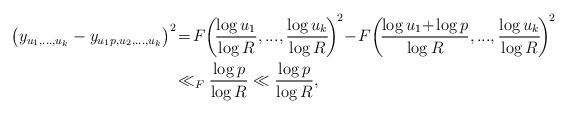
LaTeX: \begin{align*}\bigl(y_{u_1, \dots, u_k} - y_{u_1 p, u_2, \dots, u_k }\bigr)^2\!&=\! F\! \left(\!\frac{\log u_1}{\log R}, ..., \frac{\log u_k}{\log R}\!\right)^{\!2} \!-\! F\!\left(\! \frac{\log u_1 \! +\! \log p}{\log R},..., \frac{\log u_k}{\log R}\! \right)^{\! 2}\\&\ll_F \frac{\log p}{\log R} \ll \frac{\log p}{\log R},\end{align*}